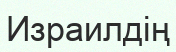
Израилдің